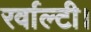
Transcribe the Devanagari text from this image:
रर्वाल्टी।